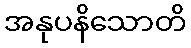
အနုပနိသောတိ